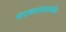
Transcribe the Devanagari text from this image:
नारायणगावजवळील